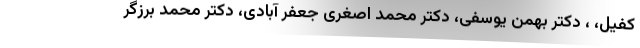
کفیل، ، دکتر بهمن یوسفی، دکتر محمد اصغری جعفر آبادی، دکتر محمد برزگر